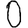
Digit: 0